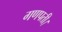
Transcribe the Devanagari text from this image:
गणपती।